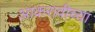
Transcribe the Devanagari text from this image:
आकरावीच्या